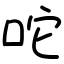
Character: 咜